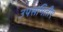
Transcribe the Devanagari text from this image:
उपसमिती९